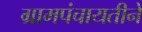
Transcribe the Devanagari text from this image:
ग्रामपंचायतीने